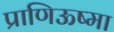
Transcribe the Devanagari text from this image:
प्राणिऊष्मा